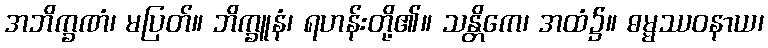
အဘိက္ခဏံ၊ မပြတ်။ ဘိက္ခူနံ၊ ရဟန်းတို့၏။ သန္တိကေ၊ အထံ၌။ ဓမ္မဿဝနာယ၊